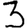
Digit: 3